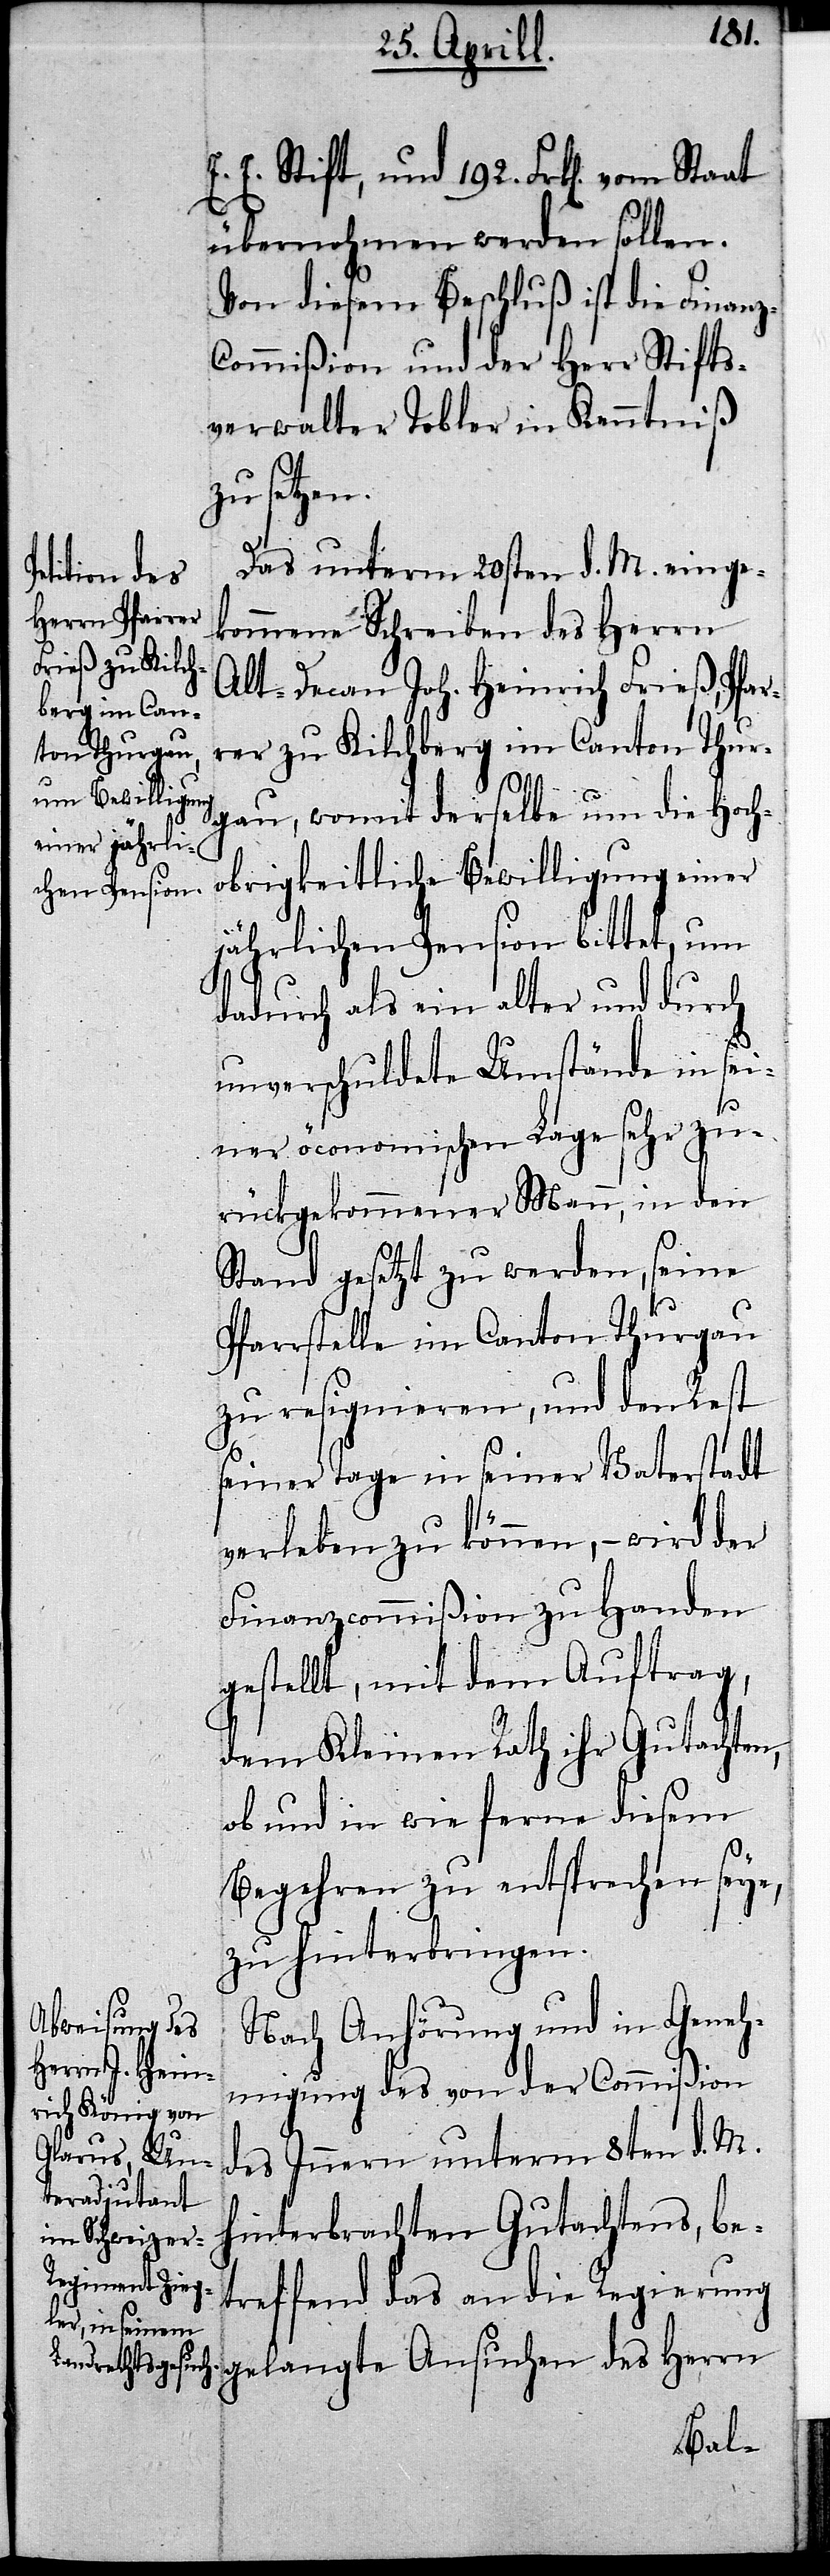
E. E. Stift, und 192. Frk[en]. vom
An¬
übernohmen werden sollen.
Von diesem Beschluß ist die Finanz-C¬
ommißion und der Herr Stifts¬
verwalter Tobler in Kenntniß
zu setzen.
Das unterm 20sten d. M. einge¬
suchen des
kommene Schreiben des Herrn
Alt-Decan Joh. Heinrich Frieß, Pfar¬
rer zu Kilchberg im Canton Thur¬
gau, womit derselbe um die Hoch¬
obrigkeitliche Bewilligung einer
jährlichen Pension bittet, um
dadurch als ein alter und durch
unverschuldete Umstände in sei¬
ner öconomischen Lage sehr zu¬
rückgekommener Mann, in den
Stand gesetzt zu werden, seine
Pfarrstelle im Canton Thurgau
zu resignieren, und den Rest
seiner Tage in seiner Vaterstadt
verleben zu können,– wird der
Finanzcommißion zu Handen
gestellt, mit dem Auftrag,
dem Kleinen Rath ihr Gutachten,
ob und in wie ferne diesem
Begehren zu entsprechen seye,
zu hinterbringen.
Nach Anhörung und in Geneh¬
migung des von der Commißion
des Innern unterm 8ten d. M.
hinterbrachten Gutachtens, be¬
treffend das an die Regierung